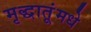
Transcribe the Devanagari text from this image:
मृद्धातूंमधे